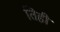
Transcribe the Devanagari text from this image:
तिही